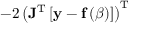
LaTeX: - 2 \left( \mathbf { J } ^ { \mathrm { T } } \left[ \mathbf { y } - \mathbf { f } \left( { \boldsymbol { \beta } } \right) \right] \right) ^ { \mathrm { T } }